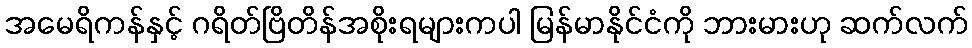
အမေရိကန်နှင့် ဂရိတ်ဗြိတိန်အစိုးရများကပါ မြန်မာနိုင်ငံကို ဘားမားဟု ဆက်လက်